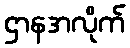
ဌာနအလိုက်